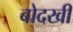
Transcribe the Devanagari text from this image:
बोदखी